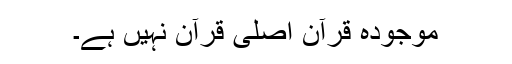
موجودہ قرآن اصلی قرآن نہیں ہے۔